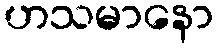
ဟသမာနော